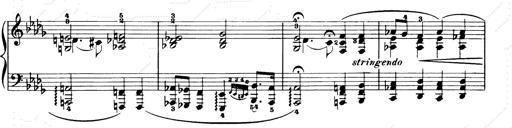
Title: Consolations and LiebestrÃ¤ume for the Piano
Composer: Franz Liszt